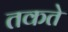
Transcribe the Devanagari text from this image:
तकते